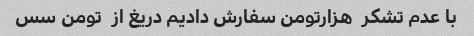
با عدم تشکر  هزارتومن سفارش دادیم دریغ از  تومن سس